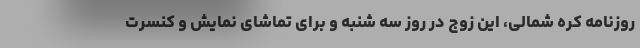
روزنامه کره شمالی، این زوج در روز سه شنبه و برای تماشای نمایش و کنسرت